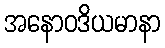
အနောဝဒိယမာနာ